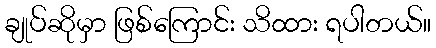
ချုပ်ဆိုမှာ ဖြစ်ကြောင်း သိထား ရပါတယ်။